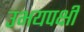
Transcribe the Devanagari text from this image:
उभयपक्षी